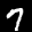
Label: 7